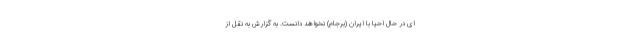
ای در حال احیا با ایران (برجام) نخواهد دانست. به گزارش به نقل از